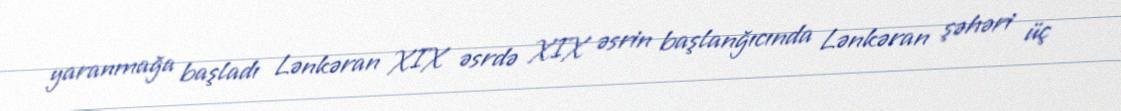
yaranmağa başladı Lənkəran XIX əsrdə XIX əsrin başlanğıcında Lənkəran şəhəri üç